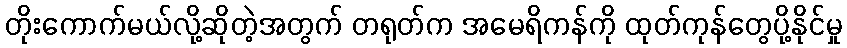
တိုးကောက်မယ်လို့ဆိုတဲ့အတွက် တရုတ်က အမေရိကန်ကို ထုတ်ကုန်တွေပို့နိုင်မှု